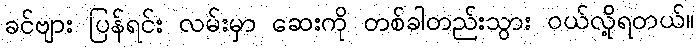
ခင်ဗျား ပြန်ရင်း လမ်းမှာ ဆေးကို တစ်ခါတည်းသွား ဝယ်လို့ရတယ်။